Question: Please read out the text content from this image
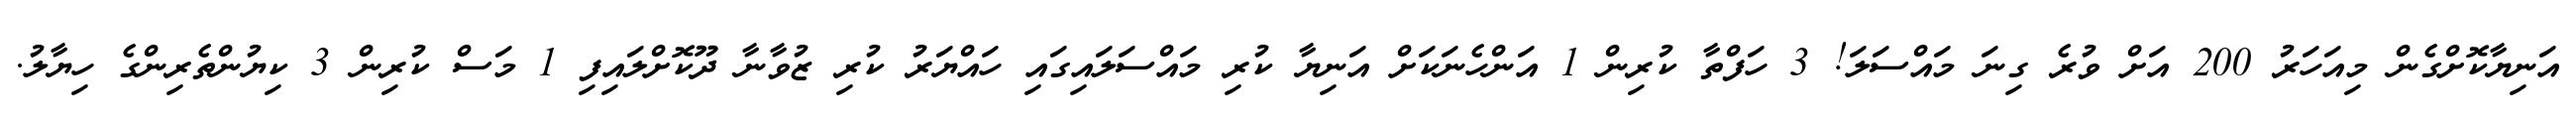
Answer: އަނިޔާކޮށްގެން މިއަހަރު 200 އަށް ވުރެ ގިނަ މައްސަލަ! 3 ހަފްތާ ކުރިން 1 އަންހެނަކަށް އަނިޔާ ކުރި މައްސަލައިގައި ހައްޔަރު ކުރި ޒުވާނާ ދޫކޮށްލައިފި 1 މަސް ކުރިން 3 ކިޔުންތެރިންގެ ހިޔާލު.